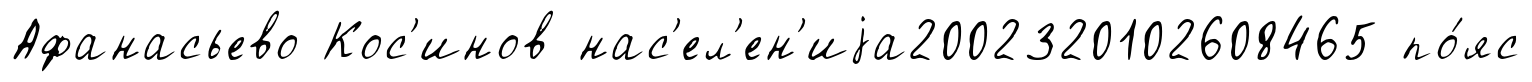
Афанасьево Кос'инов нас'ел'ен'иjа2002320102608465 по́яс